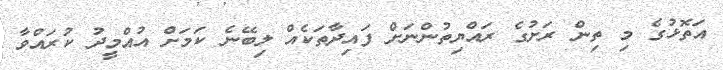
އަތޮޅުގެ މި ތިން ރަށުގެ ރައްޔިތުންނަށް ފައިދާތަކެއް ލިބޭނެ ކަމަށް އުއްމީދު ކުރައްވާ